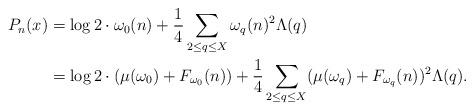
LaTeX: \begin{align*}P_n(x) &= \log 2 \cdot \omega_0(n) + \frac14 \sum_{2\le q\le X} \omega_{q}(n)^2 \Lambda(q) \\ &= \log 2 \cdot (\mu(\omega_0) + F_{\omega_0}(n)) + \frac14 \sum_{2\le q\le X} (\mu(\omega_q) + F_{\omega_q}(n))^2 \Lambda(q).\end{align*}